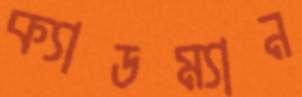
ক্যাডম্যান